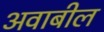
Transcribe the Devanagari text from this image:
अवाबील